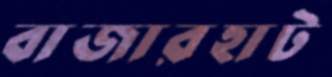
বাজারহাট